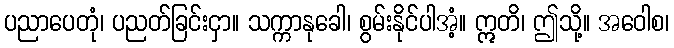
ပညာပေတုံ၊ ပညတ်ခြင်းငှာ။ သက္ကာနုခေါ၊ စွမ်းနိုင်ပါအံ့။ ဣတိ၊ ဤသို့။ အဝေါစ၊